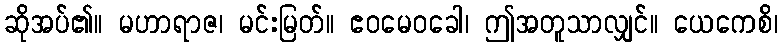
ဆိုအပ်၏။ မဟာရာဇ၊ မင်းမြတ်။ ဧဝမေဝခေါ၊ ဤအတူသာလျှင်။ ယေကေစိ၊